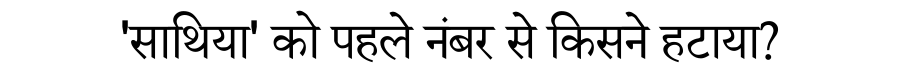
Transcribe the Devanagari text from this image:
'साथिया' को पहले नंबर से किसने हटाया?